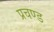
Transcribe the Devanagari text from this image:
प्रचण्‍ड